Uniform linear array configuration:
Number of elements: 4
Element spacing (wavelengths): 0.25
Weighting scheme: uniform
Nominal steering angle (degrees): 30
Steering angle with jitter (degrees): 28.172
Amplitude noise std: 0.05
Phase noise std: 0.05

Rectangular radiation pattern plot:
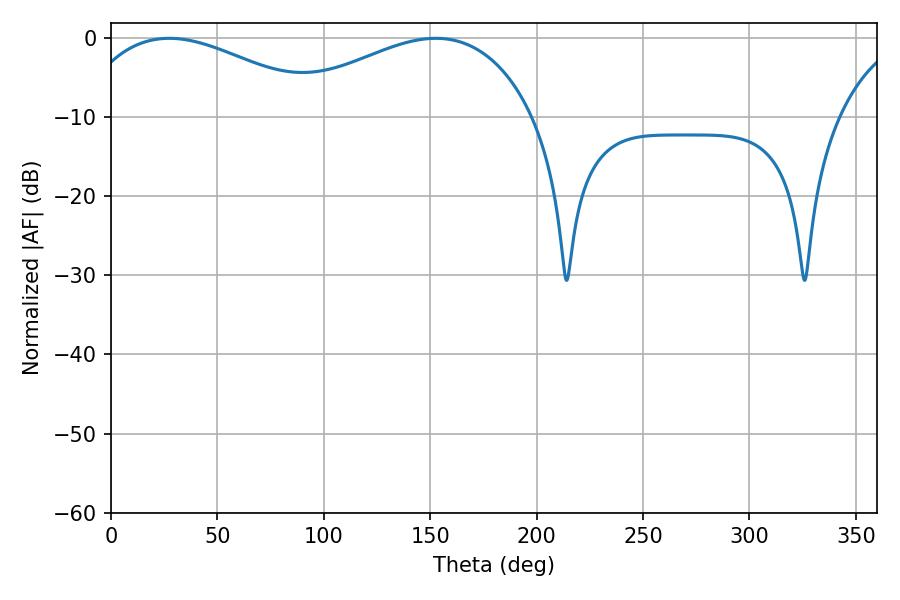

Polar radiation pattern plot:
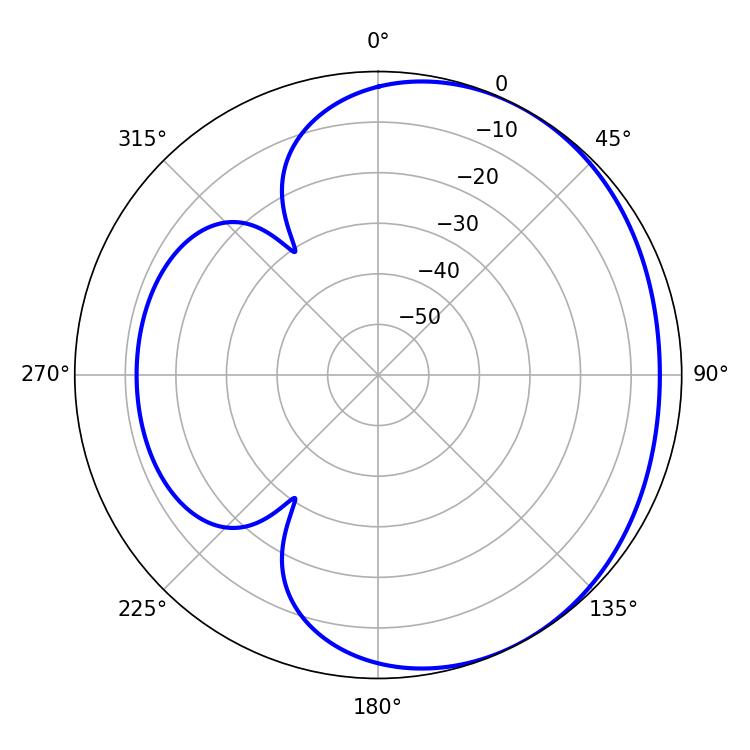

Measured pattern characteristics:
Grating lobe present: FALSE
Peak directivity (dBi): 2.334
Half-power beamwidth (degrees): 66.6
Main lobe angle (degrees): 152.64